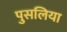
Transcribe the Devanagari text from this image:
पुसलिया